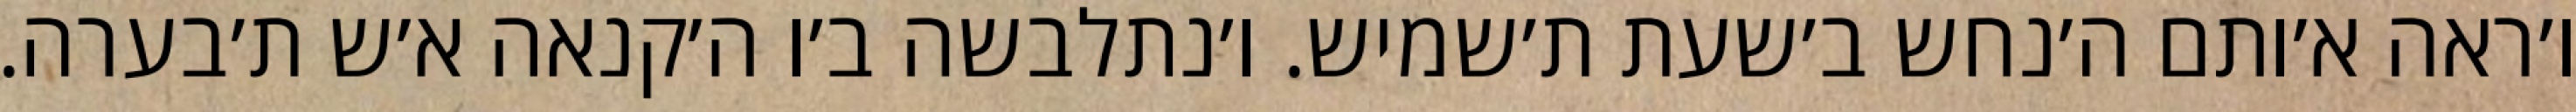
ו׳ראה א׳ותם ה׳נחש ב׳שעת ת׳שמיש. ו׳נתלבשה ב׳ו ה׳קנאה א׳ש ת׳בערה.